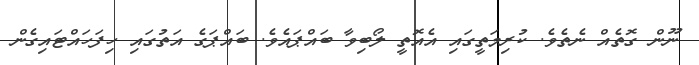
ނޫން ގޮތެއް ނެތެވެ. ކުރިމަތީގައި އެއޮތީ ލޯބިވާ ބައްޕައެވެ. ބައްޕަގެ އަތުގައި ހިފަހައްޓައިގެން